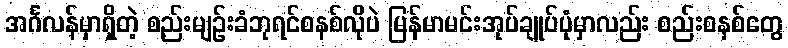
အင်္ဂလန်မှာရှိတဲ့ စည်းမျဉ်းခံဘုရင်စနစ်လိုပဲ မြန်မာမင်းအုပ်ချုပ်ပုံမှာလည်း စည်းစနစ်တွေ